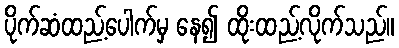
ပိုက်ဆံထည့်ပေါက်မှ နေ၍ ထိုးထည့်လိုက်သည်။